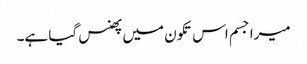
میرا جسم اس تکون میں پھنس گیا ہے۔